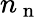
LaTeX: n_{\mathrm{~n~}}